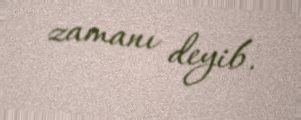
zamanı deyib.